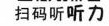
扫码听听力